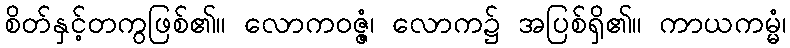
စိတ်နှင့်တကွဖြစ်၏။ လောကဝဇ္ဇံ၊ လောက၌ အပြစ်ရှိ၏။ ကာယကမ္မံ၊